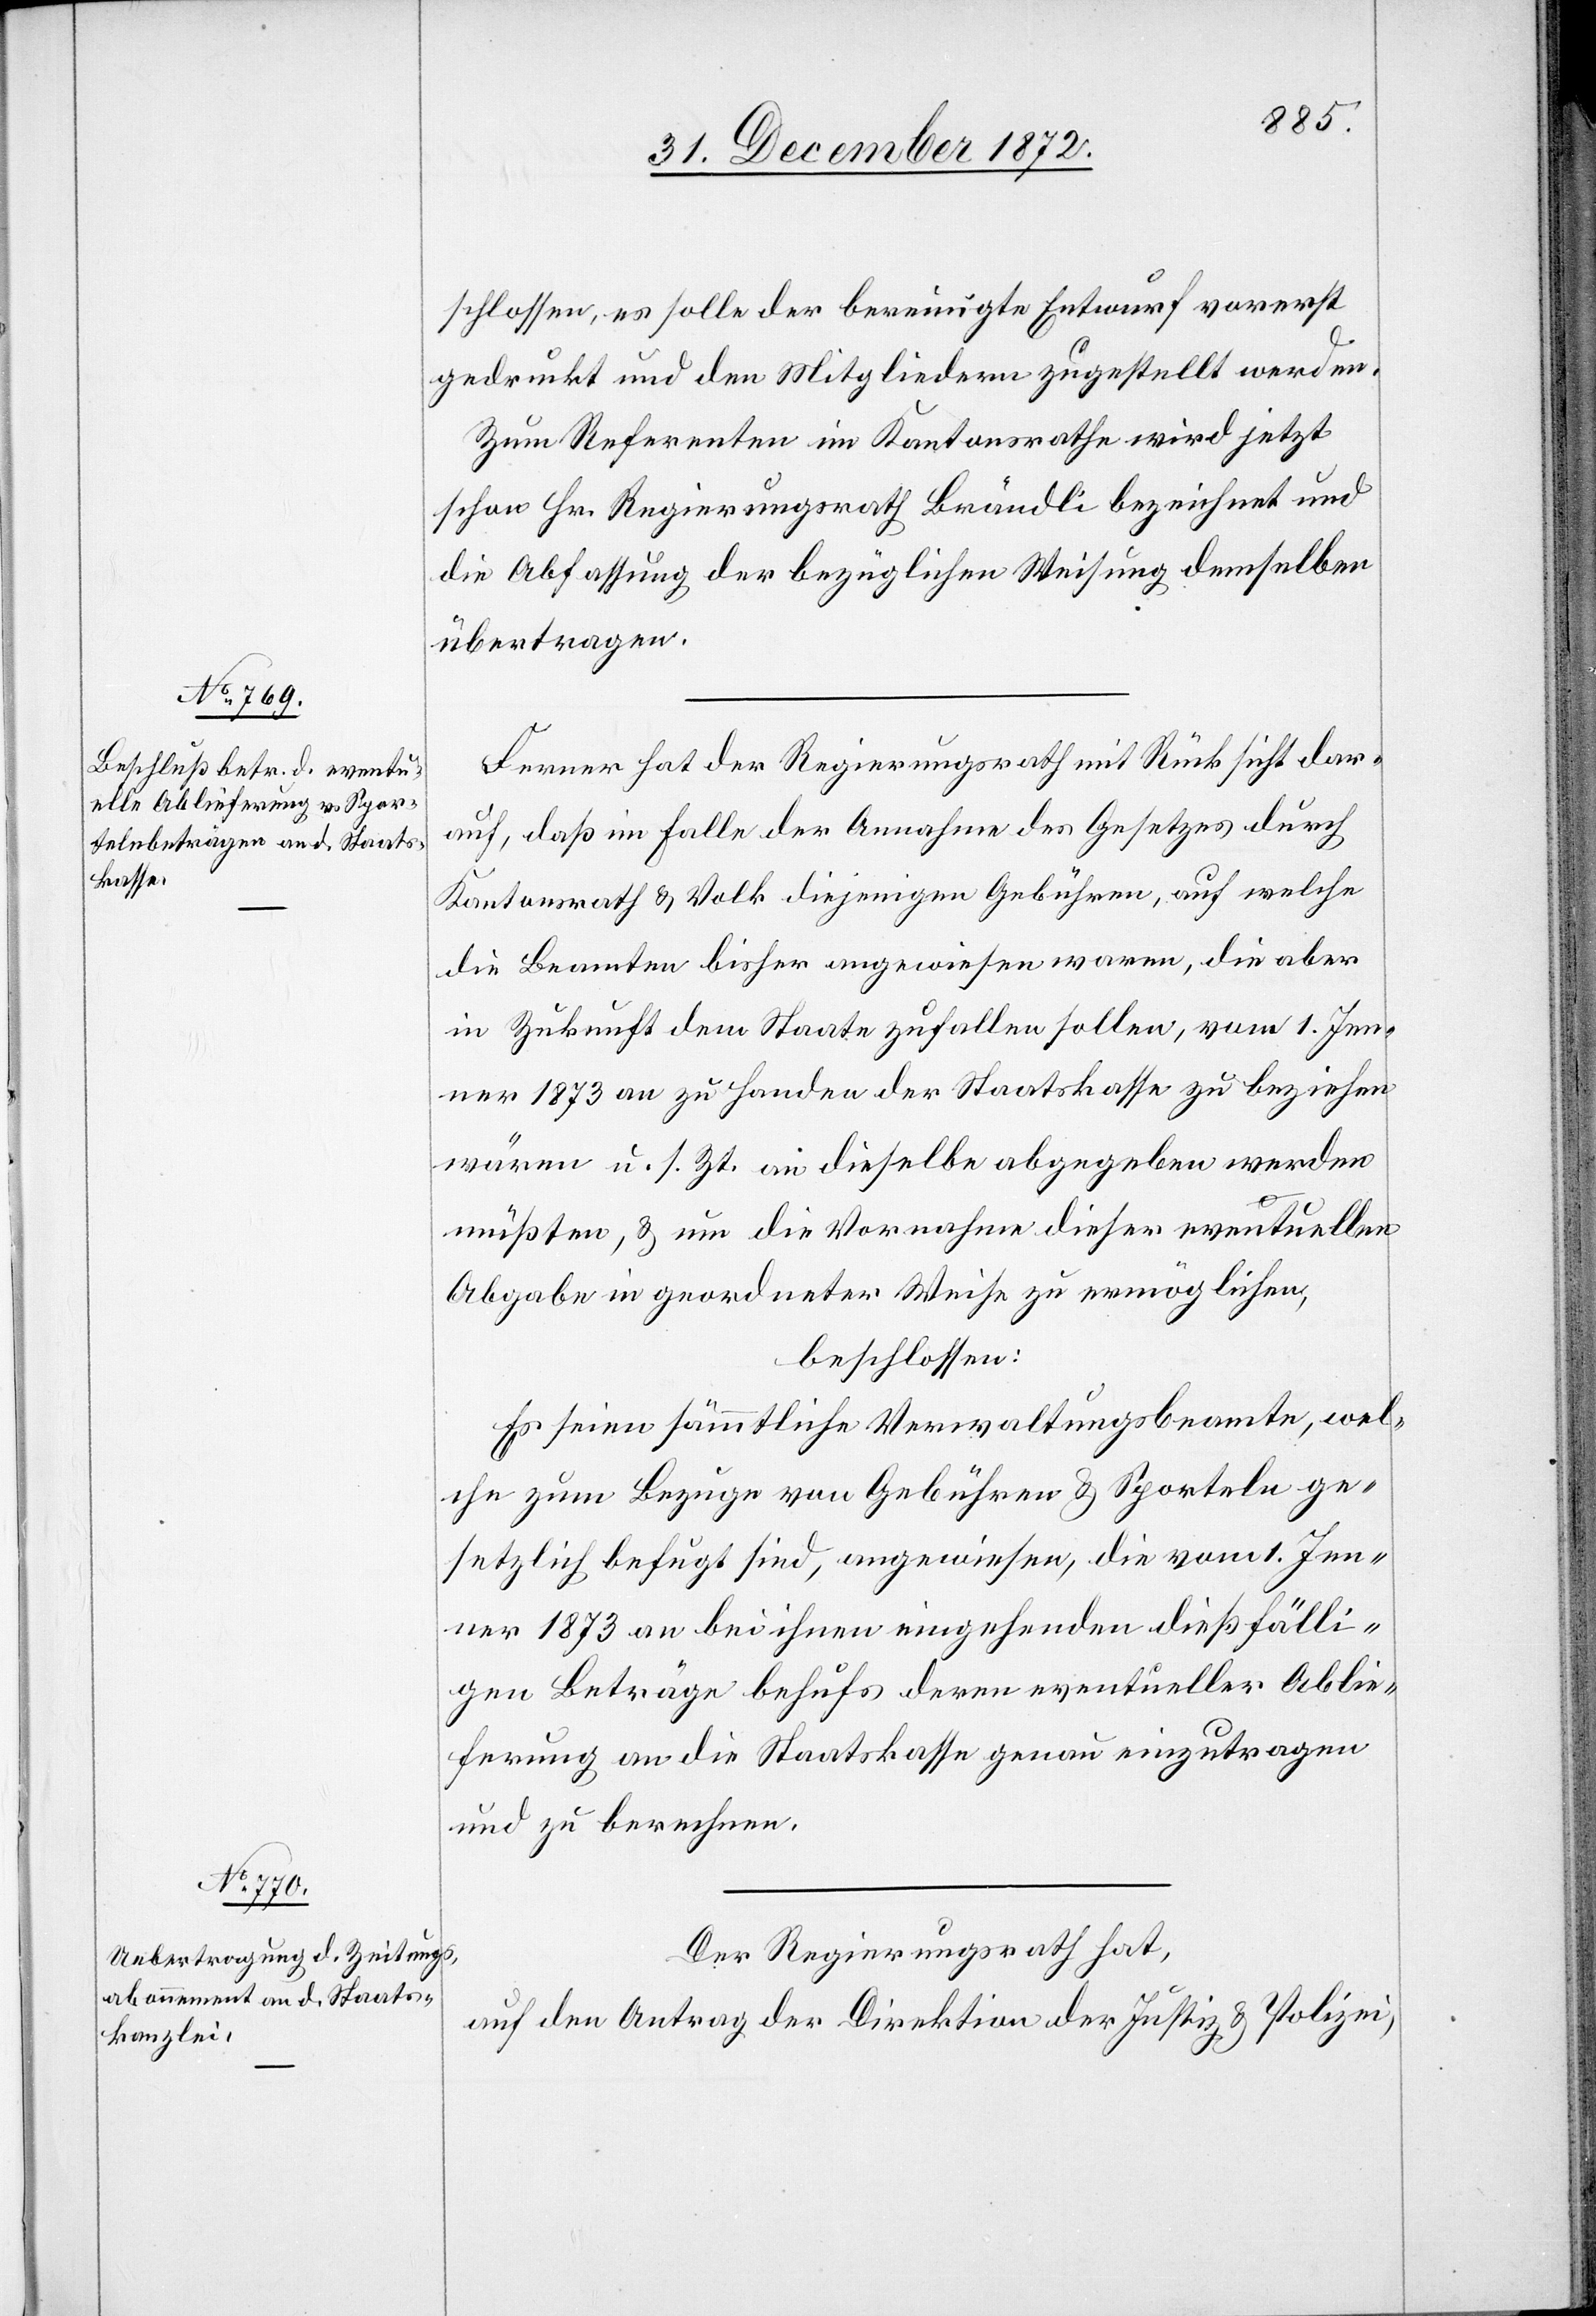
schlossen, es solle der bereinigte Entwurf vorerst
gedruckt und den Mitgliedern zugestellt werden.
Zum Referenten im Kantonsrathe wird jetzt
schon Hr. Regierungsrath Brändli bezeichnet und
die Abfassung der bezüglichen Weisung demselben
übertragen.
Ferner hat der Regierungsrath mit Rücksicht dar¬
auf, daß im Falle der Annahme des Gesetzes durch
Kantonsrath u. Volk diejenigen Gebühren, auf welche
die Beamten bisher angewiesen waren, die aber
in Zukunft dem Staate zufallen sollen, vom 1. Jen¬
ner 1873 an zu Handen der Staatskasse zu beziehen
wären u. s. Zt. an dieselbe abgegeben werden
müßten, u. um die Vornahme dieser eventuellen
Abgabe in geordneter Weise zu ermöglichen,
beschlossen:
Es seien sämmtliche Verwaltungsbeamte, wel¬
che zum Bezuge von Gebühren u. Sporteln ge¬
setzlich befugt sind, angewiesen, die vom 1. Jen¬
ner 1873 an bei ihnen eingehenden dießfälli¬
gen Beträge behufs deren eventueller Ablie¬
ferung an die Staatskasse genau einzutragen
und zu berechnen.
Der Regierungsrath hat,
auf den Antrag der Direktion der Justiz u. Polizei,